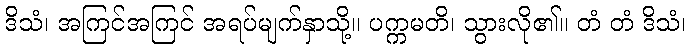
ဒိသံ၊ အကြင်အကြင် အရပ်မျက်နှာသို့။ ပက္ကမတိ၊ သွားလို၏။ တံ တံ ဒိသံ၊